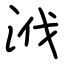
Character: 浌